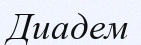
Диадем